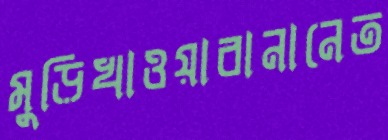
মুড়িখাওয়াবানানেত